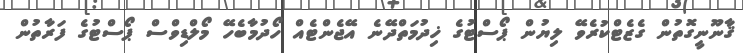
ޤާނޫނީގޮތުން ގެޒެޓްކުރެވޭ ލިޔުން ޕޯސްޓުގެ ޚިދުމަތްދޭނެ އޭޖެންޓެއް ހޯދުމާބެހޭ މޯލްޑިވްސް ޕޯސްޓުގެ ފަރާތުން